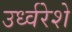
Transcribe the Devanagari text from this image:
उर्ध्वरेशे